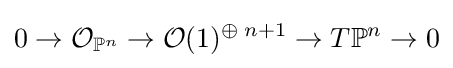
0\to {\mathcal {O}}_{\mathbb {P} ^{n}}\to {\mathcal {O}}(1)^{\oplus \;n+1}\to T\mathbb {P} ^{n}\to 0